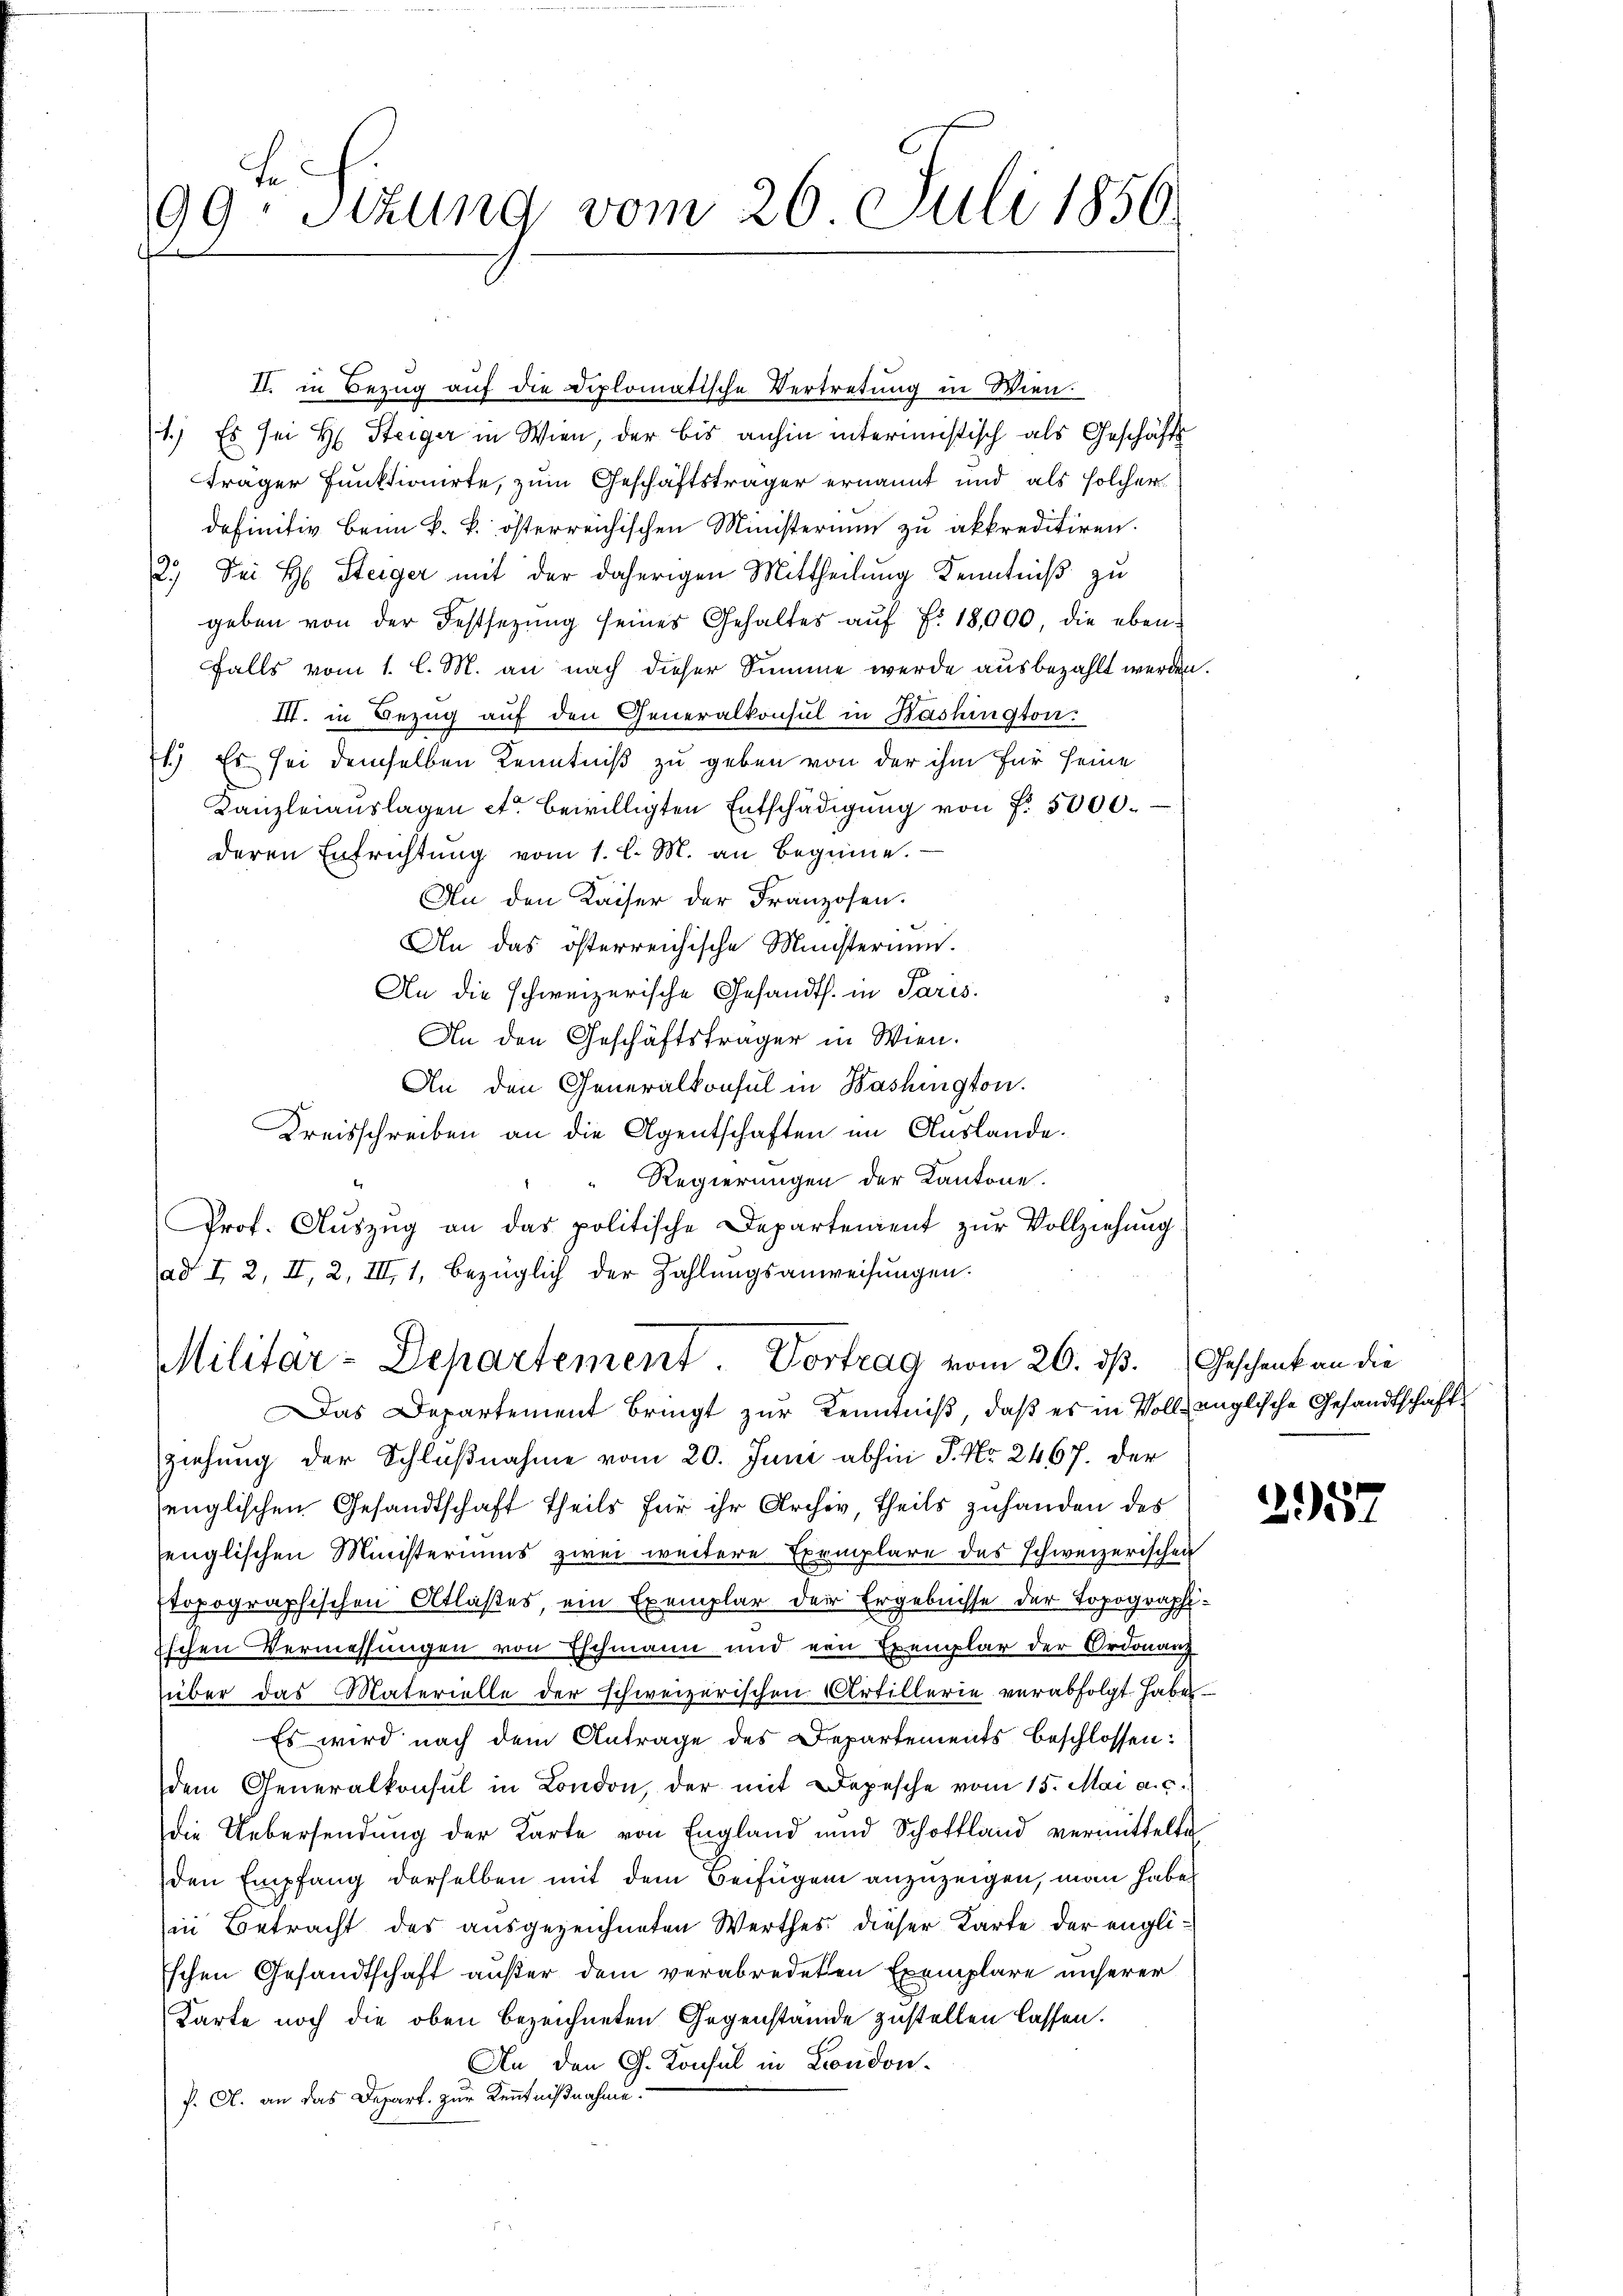
99. Sitzung vom 26 Juli 1856.

II. in Bezug auf die Diplomatische Vertretung in Wien.
1.) Es sei H. Steiger in Wien, der bis anhin intermistisch als Geschäfts
träger Funktionirte, zum Geschäftsträger ernannt und als solcherdefinitiv beim k. k. österreichischen Ministerium zu akkreditiren.
2.) Sei H. Steiger mit der daherigen Mittheilung Kenntniß zu
geben von der Festsezŭng seines Gehaltes aŭf Fr. 18,000, die eben-
falls vom 1. l. M. an nach dieser Summe werde ausbezahlt werden
III. in Bezug auf den Generalkonsul in Washington.
71.) Es sei demselben Kenntniß zu geben von der ihm für seine
Kanzleiauslagen er bewilligten Entschädigung von f. 5000.
deren Entrichtung vom 1. l. M. an beginne.
An den Kaiser der Franzosen.
An das österreichische Münsterium.
An die schweizerische Gesandts. in Paris.
An den Geschäftsträger in Wien.
An den Generalkonsul in Washington.
Kreisschreiben an die Agentschaften im Auslande.
Regierungen der Kantone.
Prof. Aŭszŭg an das politische Departement zŭr Vollziehung
ad I 2, II, 2, III, 1, bezüglich der Zahlungsanweisungen.

Militar-Departement Vortrag vom 26. ds.

Das Departement bringt zur Kenntniß, daß es in Vollenglische Gesandtschaft
ziehung der Schlußnahme vom 20. Juni abhin P. Nr. 2467. Der
englischen Gesandtschaft Theils für ihr Archiv, theils zuhanden des
senglischen Ministeriums zwei weitere Exemplare des schweizerischen
Etopographischen Atlaßes, ein Exemplar der Ergebnisse der Topographi¬
Eschen Vermessungen von Eschmann und ein Exemplar der Ordonanz
über das Materielle der schweizerischen Artillerie verabfolgt habe.
Es wird nach dem Antrage des Departements beschlossen:
dem Generalkonsul in London, der mit Depesche vom 15. Mai a. c.
die Uebersendung der Karte von England und Schottland vermittelte
den Empfang derselben mit dem Beifügen anzuzeigen, man haben
in Betracht des ausgezeichneten Werthes dieser Karte der engli¬
Eschen Gesandtschaft außer dem verabredeten Exemplare unserer
Karte noch die oben bezeichneten Gegenstände zustellen lassen.
An den G. Konsul in London¬
P. A. an das Depart. zur Kenntnißnahme.

.

Geschenk an die

25.